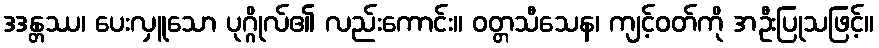
ဒဒန္တဿ၊ ပေးလှူသော ပုဂ္ဂိုလ်၏ လည်းကောင်း။ ဝတ္တသီသေန၊ ကျင့်ဝတ်ကို အဦးပြုသဖြင့်။